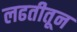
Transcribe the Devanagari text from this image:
लढतीतून